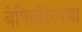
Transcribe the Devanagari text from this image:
बेफिकीरपणा